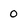
Character: o